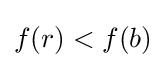
f(r)<f(b)